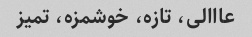
عااالی، تازه، خوشمزه، تمیز